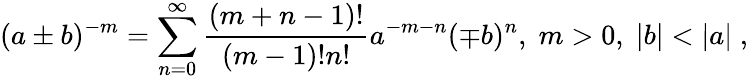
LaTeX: (a\pm b)^{-m}=\sum_{n=0}^{\infty}\frac{(m+n-1)!}{(m-1)!n!}a^{-m-n}(\mp b)^{n},\; m>0,\; |b|<|a|\; ,